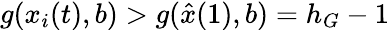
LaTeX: g(x_{i}(t),b)>g(\hat{x}(1),b)=h_{G}-1